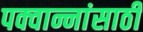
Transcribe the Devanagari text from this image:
पक्वान्नांसाठी